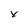
Character: x